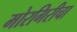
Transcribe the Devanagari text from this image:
मोरगिरीचा